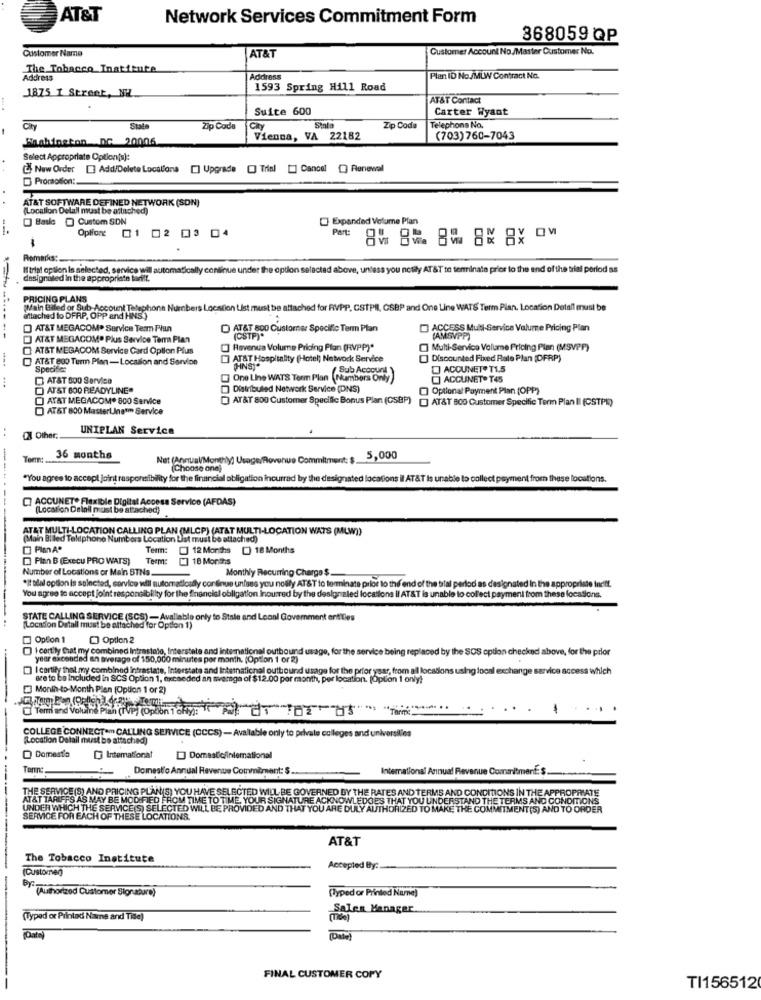
AT&T
Network Services Commitment Form
368059 QP
Customer Name
Customer Account No./Master Customer No.
AT&T
The Tobacco Institute
Address
Address
Plan ID No./MLW Contract No.
1593 Spring Hill Road
1875 I Street, NW.
AT&T Contact
Suite 600
Carter Wyant
Telephone No.
City
State
Zip Code
Sinla
Zip Code
Washington Dc 20006
Vienna, VA 22182
(703)760-7043
Select Appropriate Option(s):
New Order E Add/Delete Locations [] Upgrade [] Trial [] Cancel ) Renewal
Promotion:
(Location Delall must be attached)
AT&T SOFTWARE DEFINED NETWORK (SON]
Basle @ Custom SON
Expanded Volume Plan
Oplione 01
-
01 02 03 04
Pat: 90 82. 8% 8K 8X 0w
Romaks:
If trial option is selected, service will automatically continue under the option selected above, unless you notily AT&T to terminate prior to the end of the trial period ss
designated In the appropriate tarilt.
PRICING PLANS
(Main Billed or Sub-Account Telephone Num
ers Location List must be attached for RVPP, CSTPIl, CSBP and One Line WATS Term Plan, Location Detall must be
attached to DFRP, OPP and HNS.)
AT&T MEGACOMP Service Term Plan
AT&T 800 Customer Specific Term Plan
ACCESS Mull-Service Volume Pricing Plan
AT&T MEGACOM. Plus Service Tem Plan
(CSTP).
(AMSVPP)
AT&T MEGACOM Service Card Option Plus
Revenue Volume Pricing Plan (RVPP)*
] Multi-Service Volume Pricing Pian (MSVPP)
AT&T 800 Term Plan -Location and Service
AT&T Hospitality (Hotel) Network Service
Discounted Fixed Rate Plan (DFRP)
Specifier
Sub Account
ACCUNET® T1.5
AT&T 500 Service
One Line WATS Term Plan (Numbers Only
ACCUNET® T45
AT&T 800 READYLINE.
Distributed Network Service (DNS)
Optional Payment Plan (OPP)
AT&T MEGACOM. 800 Service
AT&T 800 Customer Specific Bonus Plan (CSBP) [] AT&T 800 Customer Specific Term Plan II (CSTPI)
AT&T 800 MasterLine'm Service
UNIPLAN Service
..
08 Other ..
36 months
Net (Annual/Monthy) Usage/Rovenue Commitment: $ 5,000
(Choose one)
"You agree to accept joint responsibility for the financial obligation incurrad by the designated locations il AT&T Is unable to collect payment from these locations
ACCUNET* Flexible Digital Access Service (AFDAS)
----
(Location Delail must be attached))
AT&T MULTI-LOCATION CALLING PLAN (MLCP) (ATAT MULTI-LOCATION WATS (MLW))
(Main Billed Telphone Numbers Location List must be attached)
PlmA.
Term:
12 Months [) 18 Months
Plan B (Execu PRO WATS)
Term: [] 18 Months
Number of Locations or Main BTNs.
Monthly Recurring Charge $ ...
*it slel option is selected, service will automatically continue unises you notify AT&T to terminate prior to thif end of the trial period as designated In the appropriate indiff.
You agree to accept joint responsibility for the financial obligation incurred by the designaled locations Il AT&T is unable to collect payment from these locations.
STATE CALLING SERVICE (SCS) - Avaliable only to Stale and Leanl Government entities
[Location Detall must be attached for Option 1)
Option 1
Option 2
I certily that my combined intrastalo, Interstate and intemationel outbound usage, for the service being replaced by the SOS option checked above, for the prior
year excended an average of 10,000 minutes per month. (Option 1 or 2)
I cartily that my combined intrastate, Interstate and International outbound usage for the prior year, from al locations using local exchange service access which
see to be Included in SCS Option 1, exceeded an average of $12.00 per month, per location. [Option 1 only?
] Month-to-Month Pien [Option 1 or 2)
Term and Voluine Plan (TVP) (Option 1 ohly):
..
.
..
1
...
.
COLLEGE CONNECTam CALLING SERVICE (CCCS) - Available only to private colleges and universities
(Location Detail must be attached)
O Domestio
International
Domestic/intemational
Tarme
Domest'o Annual Revenue Commitment: $
International Annual Revenue Commitment $ ..
THE SERVICE (S) AND PRICING PLAN(S) YOU HAVE SELECTED WILL BE GOVERNED BY THE RATES AND TERMS AND CONDITIONS IN THE APPROPRIATE
AT&T TARIFFS AS MAY BE MODIFIED FROM TIME TO TIME, YOUR SIGNATURE ACKNOWLEDGES THAT YOU UNDERSTAND THE TERMS AND CONDITIONS
UNDER WHICH THE SERVICE(S) SELECTED WILL BE PROVIDED AND THAT YOU ARE DULY AUTHORIZED TO MAKE THE COMMITMENT(S) AND TO ORDER
SERVICE FOR EACH OF THESE LOCATIONS.
AT&T
The Tobacco Institute
(Customen)
Accepted By :.
BY" (Authorized Customer Signature)
(Typed or Printed Name]
--
-Sales Manager.
(Typed or Printad Name and Tise)
FINAL CUSTOMER COPY
TI156512